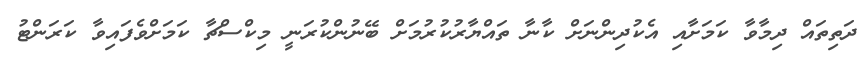
ދަތިތައް ދިމާވާ ކަމަށާއި އެކުދިންނަށް ކާނާ ތައްޔާރުކުރުމަށް ބޭނުންކުރަނީ މިކްސްޗާ ކަމަށްވެފައިވާ ކަރަންޓު